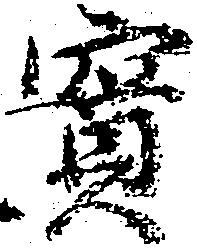
実